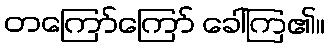
တကြော်ကြော် ခေါ်ကြ၏။